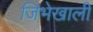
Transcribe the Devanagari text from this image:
जिभेखाली